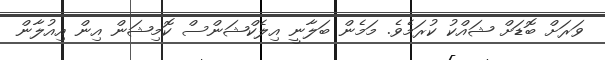
ވަރަށް ބޮޑަށް ޝައްކު ކުރަމެވެ. މަމެން ބަލާނީ އިލެކްޝަންސް ކޮމިޝަން އިން އިއުލާން